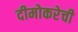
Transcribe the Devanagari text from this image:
दीमोकरेची